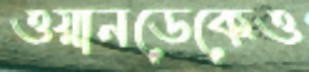
ওয়ানডেকেও